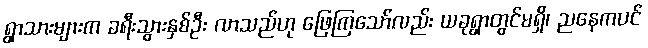
ရွာသားများက ခရီးသွားနှစ်ဦး လာသည်ဟု ဖြေကြသော်လည်း ယခုရွာတွင်မရှိ၊ ညနေကပင်